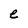
Character: e